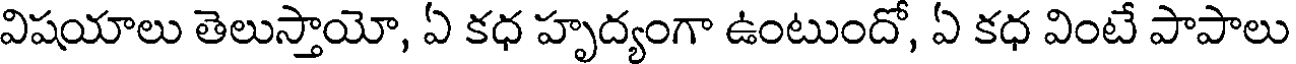
విషయాలు తెలుస్తాయో, ఏ కధ హృద్యంగా ఉంటుందో, ఏ కధ వింటే పాపాలు